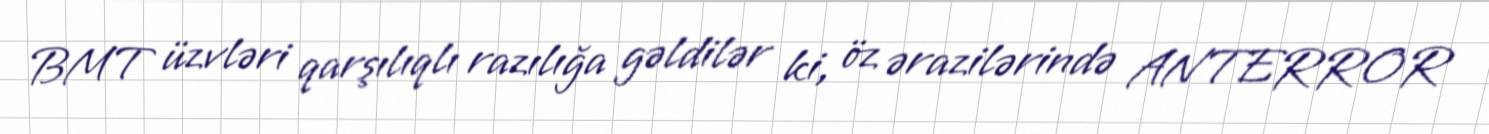
BMT üzvləri qarşılıqlı razılığa gəldilər ki, öz ərazilərində ANTERROR